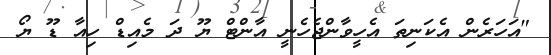
"އަހަރެން އެކަނިތަ އެހީވާންޖެހެނީ އާންޓް ޔޫ ދަ މެއިޑް ހިއާ ޑޫ ޔޯ